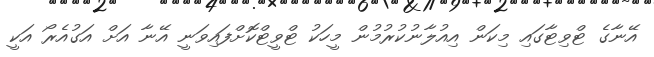
އޭނާގެ ޓްވިޓާގައި މިކަން އިއުލާނުކުރުމުން މީހަކު ޓްވީޓްކޮށްފައިވަނީ އޭނާ އަށް އަގުއެރޯ އަކީ